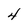
Character: 4